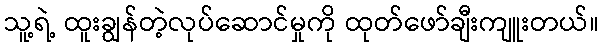
သူ့ရဲ့ ထူးချွန်တဲ့လုပ်ဆောင်မှုကို ထုတ်ဖော်ချီးကျူးတယ်။